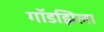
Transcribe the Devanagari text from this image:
गॉडझिला